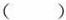
( )